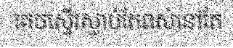
គេចស្ទើរស្លាប់តែពស់នៅតែ